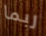
ربما